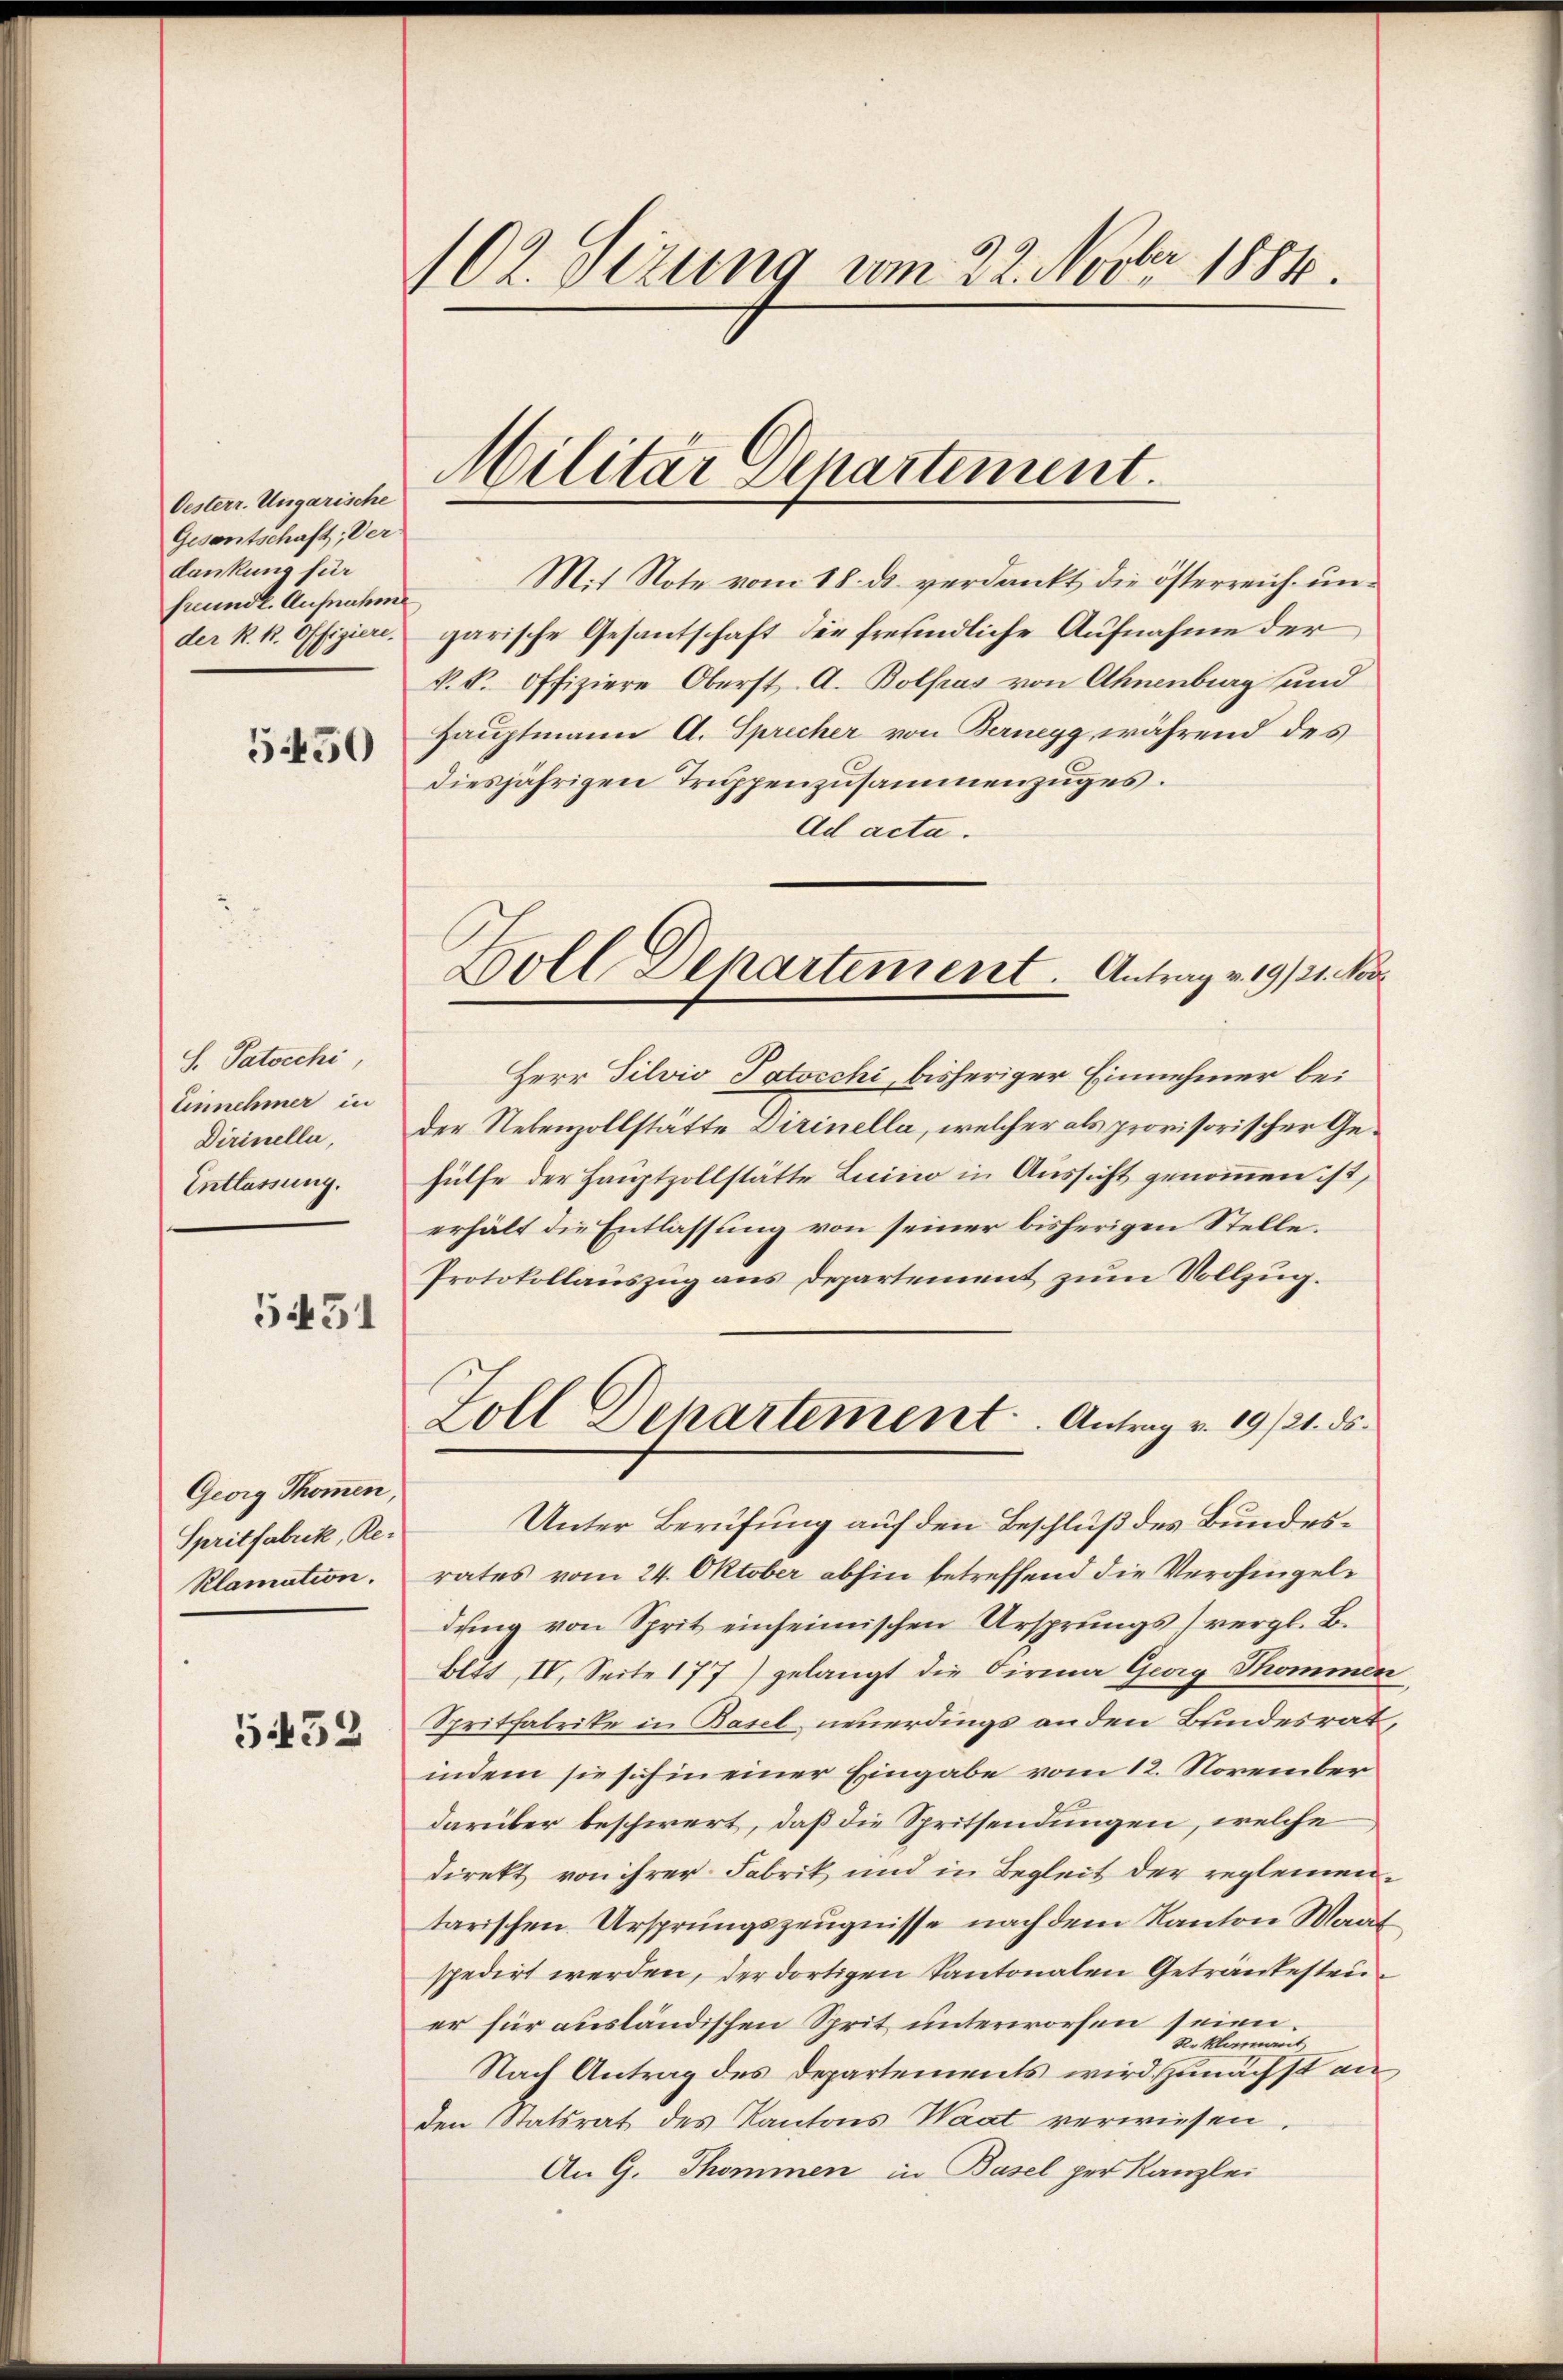
Oesterr. Ungarische
Gesantschaft; Ver
dankung für
frundl. Ausnahm
der k. k. Offiziere.

5450

S. Patocchi,
Einnehmer in
Dirinella,
Entlassung.

5451

Georg Thommen
Spritfabrik, Re¬
Klamation.

5432

102. Sitzung vom 22. Novbr. 1884.

Militar Separtement.

M.t Note vom 18. ds. verdankt die österreich ungarische Gesantschaft der frefindliche Aufnahme der
k. k. Offiziere Oberst A. Bolsas von Ahnenburg und
Hauptmann A. Sprecher von Bernegg, während des
diesjährigen Truppenzusammenzuges.
Ad acta.
Herr Tilvio Jatocchi, bisheriger Einnehmer bei
der Nebenzollstätte Dirinella, welcher als provisorischer Gehülfe der Hauptzollstätte Luino in Aussicht genommen ist,
erhält die Entlassung von seiner bisherigen Stelle.
Protokollauszug aus Departement zum Vollzug.
Goll Departement. Antrag v. 19/21. ds.
Unter Berufung auf den Beschluß des Bundesrates vom 24. Oktober abhin betreffend die Verohngeldung von Sprit einheimischen Ursprungsvergl. B.
Bltt, IV. Seite 177) gelangt die Dirma Georg Thommer
Spritfabrike in Basel neuerdings an den Bundesrat,
indem sie sich in einer Eingabe vom 12. November
darüber beschwert, daß die Spritsendungen, welche
direkt von ihrer Fabrik und in Begleit der reglemen
tarischen Ursprungszeugnisse nach dem Kanton Waar
spedirt werden, der dortigen Kantonalen Getränkestrier für ausländischen Sprit unterworfen seien.
Reklamarit
Nach Antrag des Departements wird zunächst anden Statsrat des Kantons Waat verwiesen.
An G. Thommen in Basel per Kanzlei

Woll Departement. Antrag v. 19/21. Vor